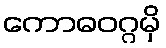
ကောဓဝဂ္ဂမှိ